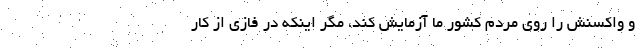
و واکسنش را روی مردم کشور ما آزمایش کند، مگر اینکه در فازی از کار